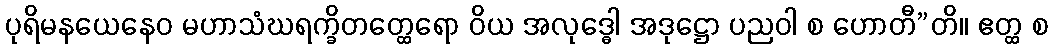
ပုရိမနယေနေဝ မဟာသံဃရက္ခိတတ္ထေရော ဝိယ အလုဒ္ဓေါ အဒုဋ္ဌော ပညဝါ စ ဟောတီ”တိ။ ဧတ္ထ စ